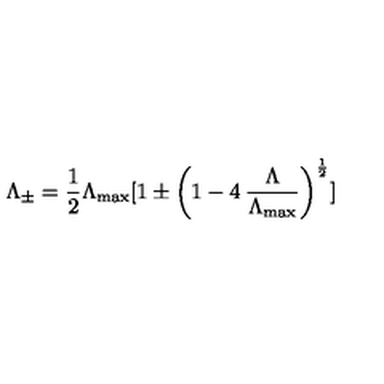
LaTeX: \Lambda _ { \pm } = \frac { 1 } { 2 } \Lambda _ { \max } \lbrack 1 \pm \left( 1 - 4 \: \frac { \Lambda } { \Lambda _ { \max } } \right) ^ { \frac { 1 } { 2 } } \rbrack